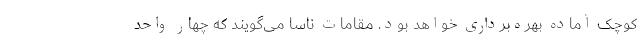
کوچک آماده بهره‌برداری خواهد بود. مقامات ناسا می‌گویند که چهار واحد